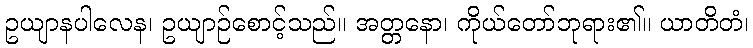
ဥယျာနပါလေန၊ ဥယျာဉ်စောင့်သည်။ အတ္တနော၊ ကိုယ်တော်ဘုရား၏။ ယာတိတံ၊